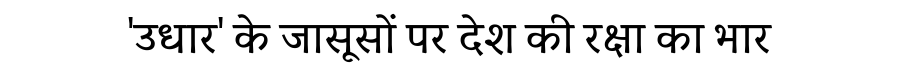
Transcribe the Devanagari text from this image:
'उधार' के जासूसों पर देश की रक्षा का भार